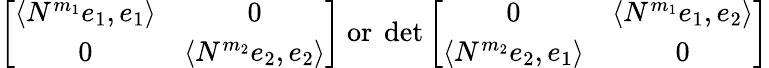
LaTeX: \left[\begin{array}{cc}{\langle N^{m_{1}}e_{1},e_{1}\rangle}&{0}\\ {0}&{\langle N^{m_{2}}e_{2},e_{2}\rangle}\end{array}\right]\mathrm{~or~}\operatorname*{det}\left[\begin{array}{cc}{0}&{\langle N^{m_{1}}e_{1},e_{2}\rangle}\\ {\langle N^{m_{2}}e_{2},e_{1}\rangle}&{0}\end{array}\right]